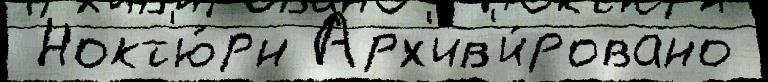
 Нокт'ю́рн Арх'ив'и́ровано